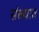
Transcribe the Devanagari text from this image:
संख्यात